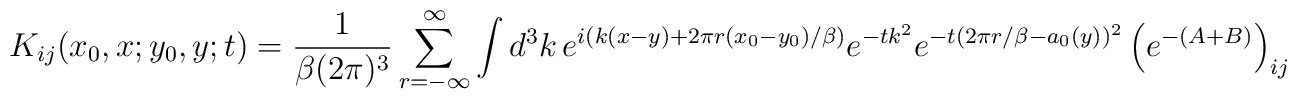
K_{ij} (x_0 ,x;y_0 ,y;t) = \frac{1}{\beta (2\pi)^3 } \sum_{r=-\infty }^{\infty } \int d^3 k \, e^{i(k(x-y) + 2\pi r (x_0 -y_0 )/\beta )}e^{-tk^2  } e^{-t(2\pi r/\beta -a_0 (y) )^2 }\left( e^{-(A+B)} \right)_{ij}